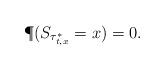
LaTeX: \begin{align*}\P(S_{\tau^*_{t,x}}=x)=0.\end{align*}